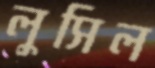
লুসিল